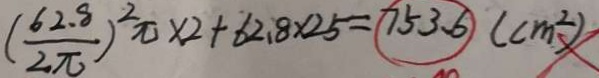
( \frac { 6 2 . 8 } { 2 \pi } ) ^ { 2 } \pi \times 2 + 6 2 . 8 \times 2 5 = 7 5 3 . 6 ( c m ^ { 2 } )